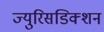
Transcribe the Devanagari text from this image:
ज्युरिसडिक्शन